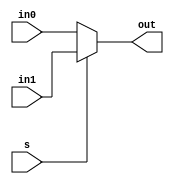
module mux16_bit(in0,in1,s,out);
parameter width = 16;
input [width-1:0]in0,in1;
input s;
output [width-1:0]out;
reg [width-1:0]out;
//not not1(out,in0);
always @ (in0 or in1 or s)
begin
	if(s==0)
	begin
	out[width-1:0] = in0[width-1:0];
	end
	else
	begin
	out[width-1:0] = in1	[width-1:0];
	end
end 

endmodule